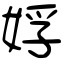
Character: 娐